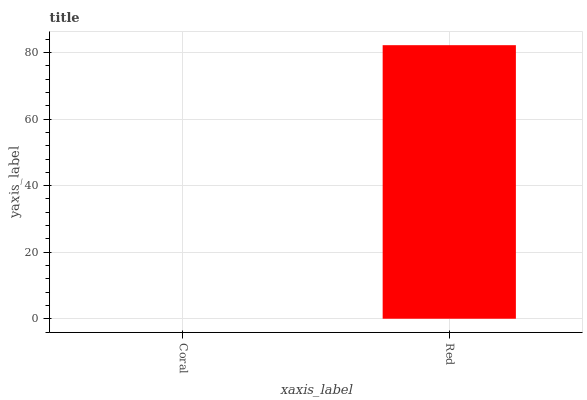
| xaxis_label | bars |
 | --- | --- |
 | Coral | 0 |
 | Red | 82.2 |